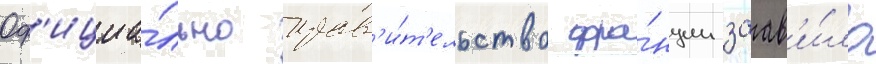
Оф'ициа́льно прав'и́т'ельство фра́нции заав'и́ло